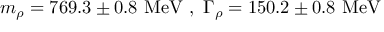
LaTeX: m _ { \rho } = 7 6 9 . 3 \pm 0 . 8 \ \mathrm { M e V } \ , \ \Gamma _ { \rho } = 1 5 0 . 2 \pm 0 . 8 \ \mathrm { M e V }